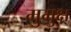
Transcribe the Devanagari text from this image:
मुुमुक्ष